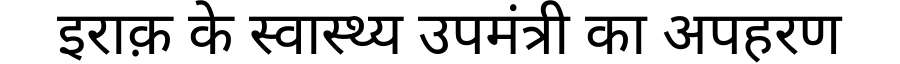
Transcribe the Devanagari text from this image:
इराक़ के स्वास्थ्य उपमंत्री का अपहरण